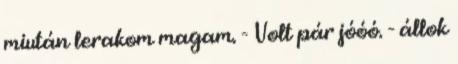
miután lerakom magam. - Volt pár jóóó. - állok